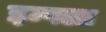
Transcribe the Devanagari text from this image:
इम्पला